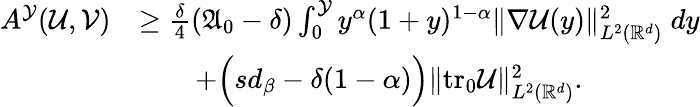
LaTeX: \begin{array}{rl}{A^{\mathcal{Y}}(\mathcal{U},\mathcal{V})}&{\geq\frac{\delta}{4}(\mathfrak{A}_{0}-\delta)\int_{0}^{\mathcal{Y}}{y^{\alpha}(1+y)^{1-\alpha}\| \nabla\mathcal{U}(y)\| _{L^{2}(\mathbb{R}^{d})}^{2}\; dy}}\\ &{\qquad+\Big(sd_{\beta}-\delta(1-\alpha)\Big)\| \mathrm{tr_{0}}\mathcal{U}\| _{L^{2}(\mathbb{R}^{d})}^{2}.}\end{array}